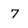
Character: 7